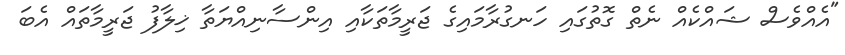
"އެއްވެސް ޝައްކެއް ނެތް ގޮތުގައި ހަނގުރާމައިގެ ޖަރީމާތަކާއި އިންސާނިއްޔަތާ ޚިލާފު ޖަރީމާތައް އެބަ